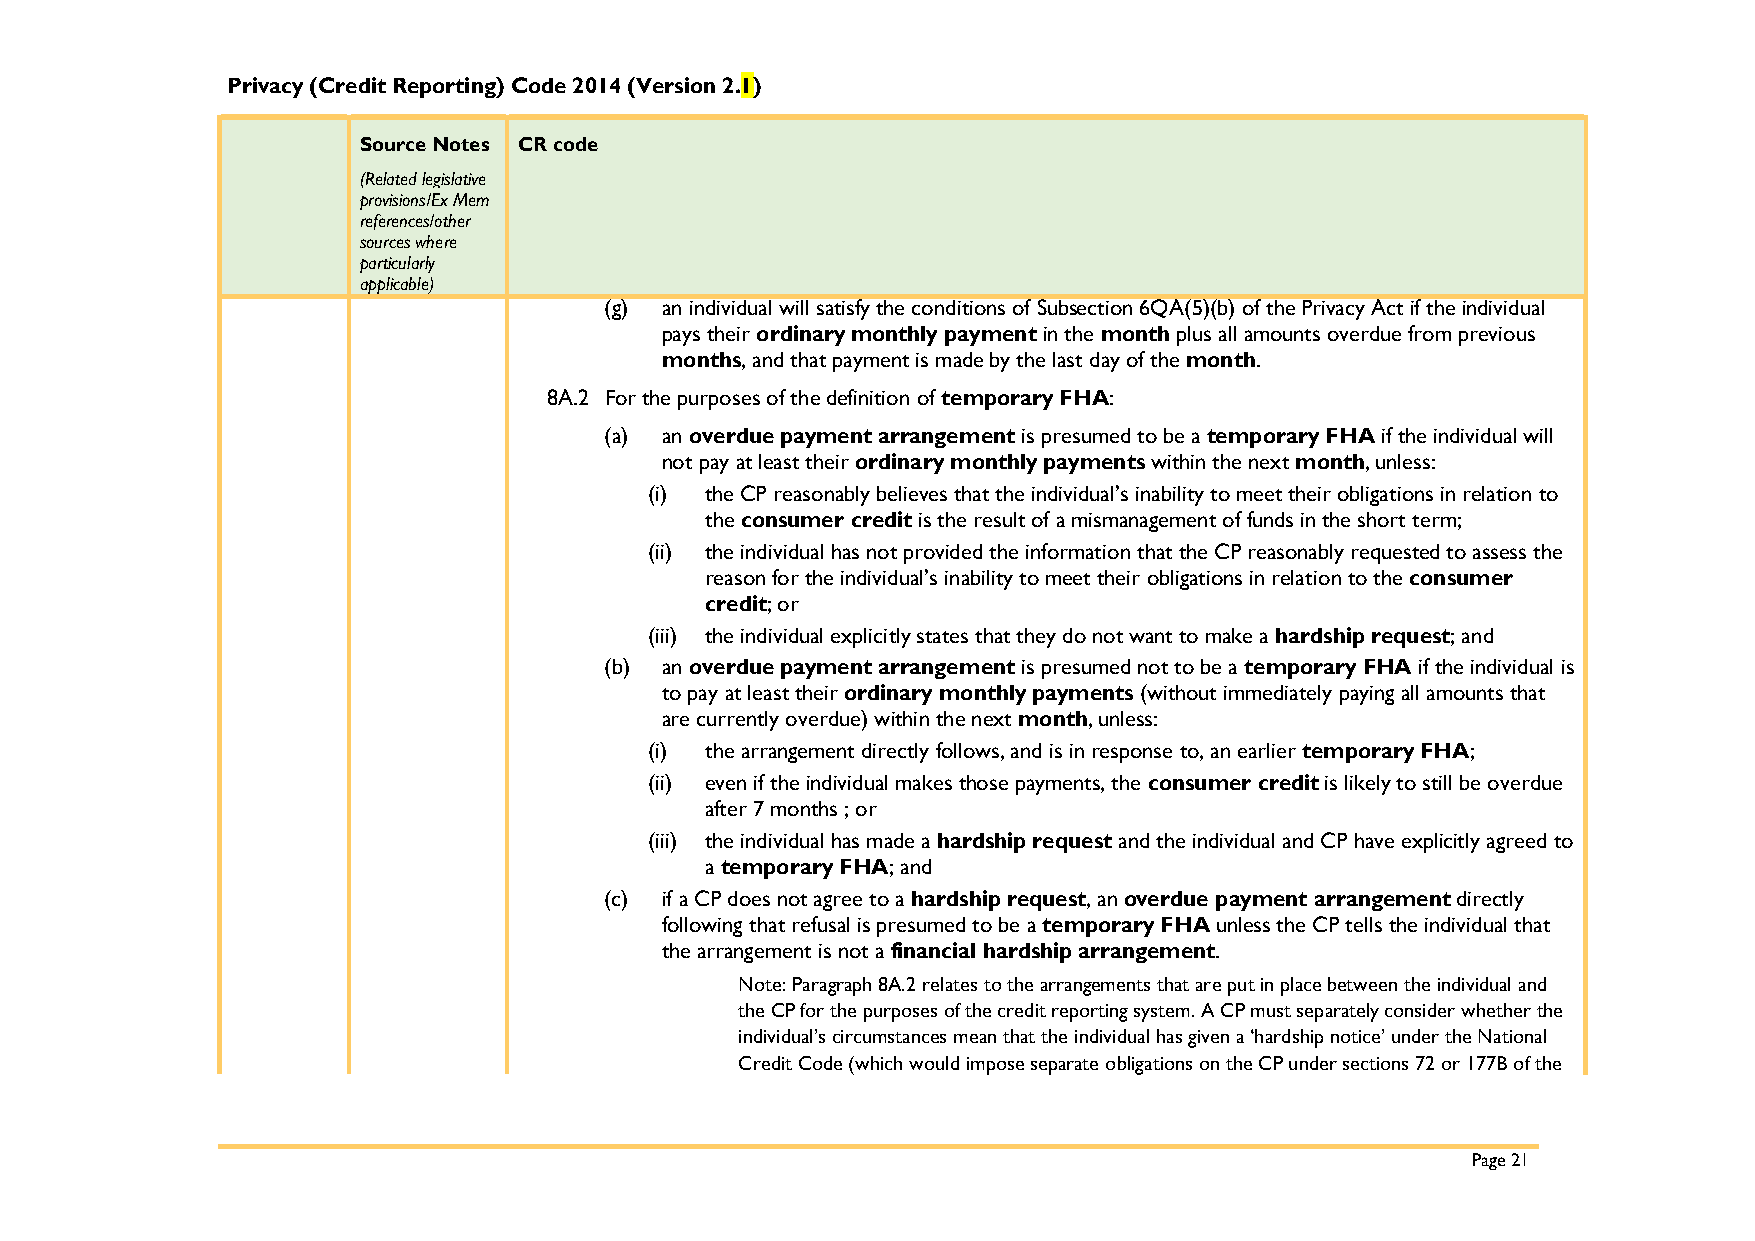
Privacy (Credit Reporting) Code 2014 (Version 2.1)
 Source Notes CR code
 (Related legislative
 provisions/Ex Mem
 references/other
 sources where
 particularly
 applicable)
 (g) an individual will satisfy the conditions of Subsection 6QA(5)(b) of the Privacy Act if the individual
 pays their ordinary monthly payment in the month plus all amounts overdue from previous
 months, and that payment is made by the last day of the month.
 8A.2 For the purposes of the definition of temporary FHA:
 (a) an overdue payment arrangement is presumed to be a temporary FHA if the individual will
 not pay at least their ordinary monthly payments within the next month, unless:
 (i) the CP reasonably believes that the individual’s inability to meet their obligations in relation to
 the consumer credit is the result of a mismanagement of funds in the short term;
 (ii) the individual has not provided the information that the CP reasonably requested to assess the
 reason for the individual’s inability to meet their obligations in relation to the consumer
 credit; or
 (iii) the individual explicitly states that they do not want to make a hardship request; and
 (b) an overdue payment arrangement is presumed not to be a temporary FHA if the individual is
 to pay at least their ordinary monthly payments (without immediately paying all amounts that
 are currently overdue) within the next month, unless:
 (i) the arrangement directly follows, and is in response to, an earlier temporary FHA;
 (ii) even if the individual makes those payments, the consumer credit is likely to still be overdue
 after 7 months ; or
 (iii) the individual has made a hardship request and the individual and CP have explicitly agreed to
 a temporary FHA; and
 (c) if a CP does not agree to a hardship request, an overdue payment arrangement directly
 following that refusal is presumed to be a temporary FHA unless the CP tells the individual that
 the arrangement is not a financial hardship arrangement.
 Note: Paragraph 8A.2 relates to the arrangements that are put in place between the individual and
 the CP for the purposes of the credit reporting system. A CP must separately consider whether the
 individual’s circumstances mean that the individual has given a ‘hardship notice’ under the National
 Credit Code (which would impose separate obligations on the CP under sections 72 or 177B of the
 Page 21